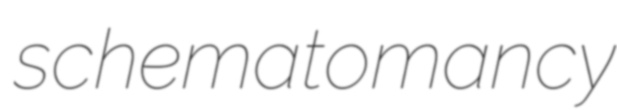
schematomancy